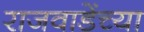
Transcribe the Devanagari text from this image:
राजवाडेंच्या